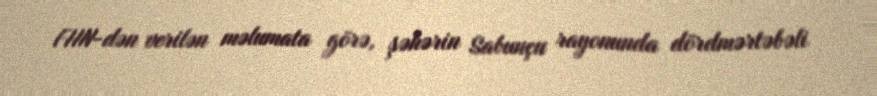
FHN-dən verilən məlumata görə, şəhərin Sabunçu rayonunda dördmərtəbəli